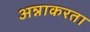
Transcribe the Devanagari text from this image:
अन्नाकरता